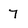
Character: 7